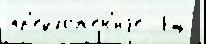
пр'едложе́н'иjе  Ещ́